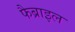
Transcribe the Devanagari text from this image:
फैब्राइल